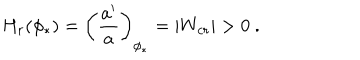
LaTeX: H _ { r } ( \phi _ { * } ) = \left( { \frac { a ^ { \prime } } { a } } \right) _ { \phi _ { * } } = | W _ { c r } | > 0 \ .